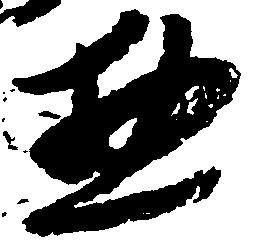
惣